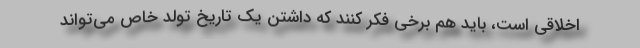
اخلاقی است، باید هم برخی فکر کنند که داشتن یک تاریخ تولد خاص می‌تواند